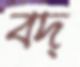
বদ্